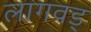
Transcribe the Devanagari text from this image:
लागवड्